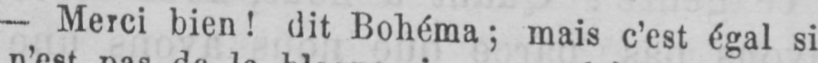
- Merci bien! dit Bohéma; mais c’est égal si